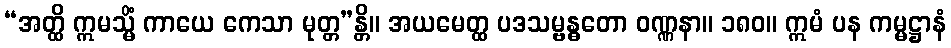
“အတ္ထိ ဣမသ္မိံ ကာယေ ကေသာ မုတ္တ”န္တိ။ အယမေတ္ထ ပဒသမ္ဗန္ဓတော ဝဏ္ဏနာ။ ၁၈၀။ ဣမံ ပန ကမ္မဋ္ဌာနံ